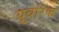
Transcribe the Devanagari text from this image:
युबेरिक